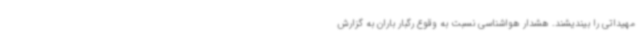
مهیداتی را بیندیشند. هشدار هواشناسی نسبت به وقوع رگبار باران به گزارش